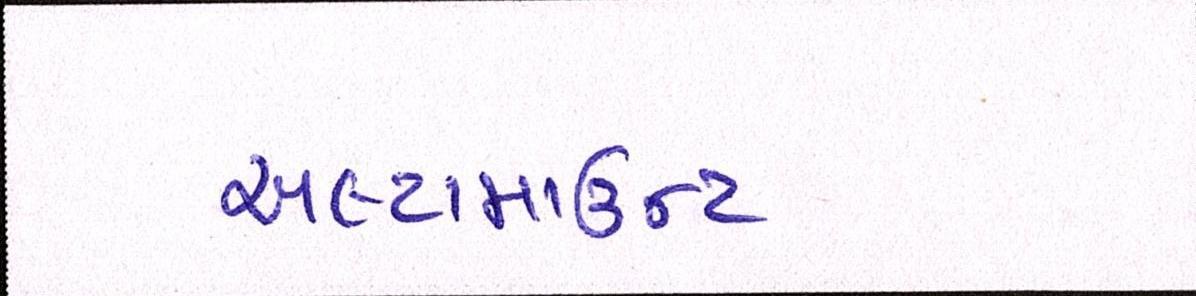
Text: અલ્ટામાઉન્ટ